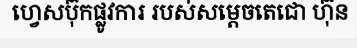
ហ្វេសប៊ុកផ្លូវការ របស់សម្តេចតេជោ ហ៊ុន